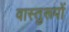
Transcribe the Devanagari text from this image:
वास्तुरूपों